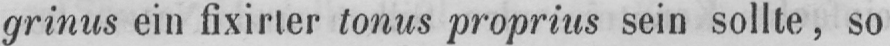
grinus ein fixirter tonus proprius sein sollte, so